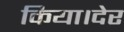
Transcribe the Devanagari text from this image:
किया।देर